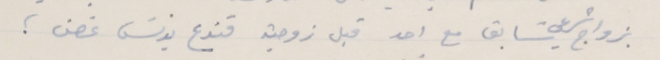
بزواج شرعي سَابق مع احد قبل زوجته قنوع يونسَ غصن ؛